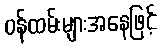
ဝန်ထမ်းများအနေဖြင့်